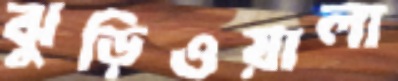
ঝুড়িওয়ালা